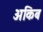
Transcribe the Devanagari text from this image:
अकिब